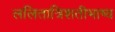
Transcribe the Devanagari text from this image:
ललितात्रिशतीभाष्य